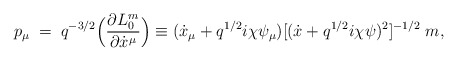
\begin{align*}p_{\mu}\; = \; q^{-3/2} \Bigl ( \frac{\partial L_{0}^m}{\partial\dot x^{\mu}} \Bigr ) \equiv (\dot x_{\mu} +q^{1/2} i \chi \psi_{\mu})[(\dot x +q^{1/2} i \chi \psi)^2 ]^{-1/2} \;m,\end{align*}